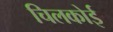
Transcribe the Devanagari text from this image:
चिलकोई